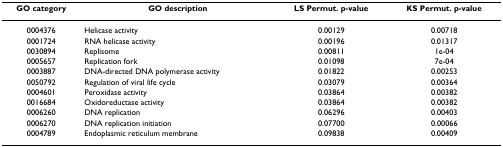
<table><thead><tr><td><b>GO category</b></td><td><b>GO description</b></td><td><b>LS Permut. p-value</b></td><td><b>KS Permut. p-value</b></td></tr></thead><tbody><tr><td>0004376</td><td>Helicase activity</td><td>0.00129</td><td>0.00718</td></tr><tr><td>0001724</td><td>RNA helicase activity</td><td>0.00196</td><td>0.01317</td></tr><tr><td>0030894</td><td>Replisome</td><td>0.00811</td><td>1e-04</td></tr><tr><td>0005657</td><td>Replication fork</td><td>0.01098</td><td>7e-04</td></tr><tr><td>0003887</td><td>DNA-directed DNA polymerase activity</td><td>0.01822</td><td>0.00253</td></tr><tr><td>0050792</td><td>Regulation of viral life cycle</td><td>0.03079</td><td>0.00364</td></tr><tr><td>0004601</td><td>Peroxidase activity</td><td>0.03864</td><td>0.00382</td></tr><tr><td>0016684</td><td>Oxidoreductase activity</td><td>0.03864</td><td>0.00382</td></tr><tr><td>0006260</td><td>DNA replication</td><td>0.06296</td><td>0.00403</td></tr><tr><td>0006270</td><td>DNA replication initiation</td><td>0.07700</td><td>0.00066</td></tr><tr><td>0004789</td><td>Endoplasmic reticulum membrane</td><td>0.09838</td><td>0.00409</td></tr></tbody></table>